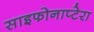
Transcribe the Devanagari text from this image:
साइफोनाप्टेरा